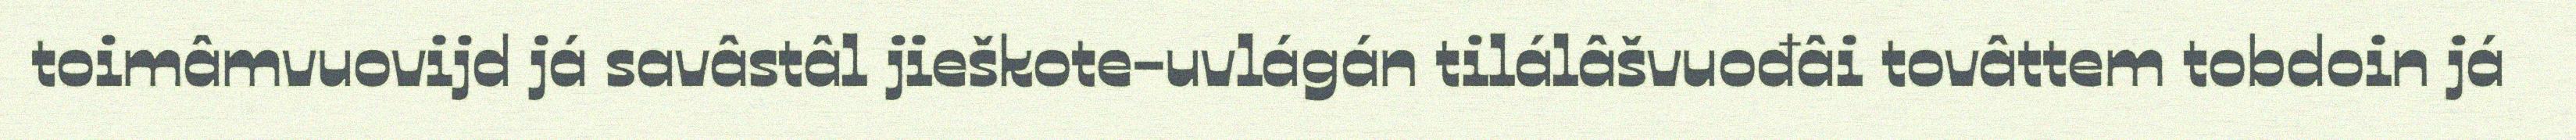
toimâmvuovijd já savâstâl jieškote-uvlágán tilálâšvuođâi tovâttem tobdoin já